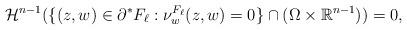
LaTeX: \begin{align*} \mathcal{H}^{n-1} ( \{ (z,w) \in \partial^{*} F_{\ell} : \nu_{w}^{F_{\ell}} (z,w) = 0 \} \cap (\Omega \times \mathbb{R}^{n-1} ) ) =0,\end{align*}